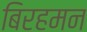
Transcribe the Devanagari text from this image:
बिरहमन